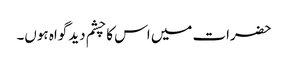
حضرات میں اس کا چشم دید گواہ ہوں۔